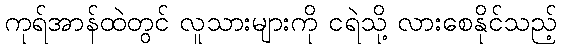
ကုရ်အာန်ထဲတွင် လူသားများကို ငရဲသို့ လားစေနိုင်သည့်